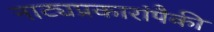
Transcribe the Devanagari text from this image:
नाट्यप्रकारांपैकी